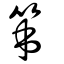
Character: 笫